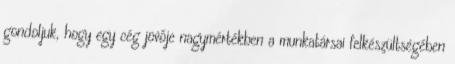
gondoljuk, hogy egy cég jövője nagymértékben a munkatársai felkészültségében